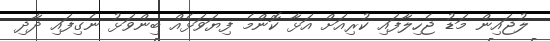
ލުޖައިން މަޑު ޖެހިލާފައި ކުރިއަށް އަޅާ ކޮންމެ ފިޔަވަޅެއް ބިންވަޅު ނެގިފައި ދާދި